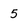
Character: 5